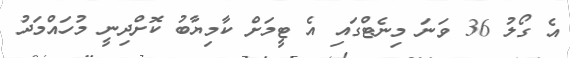
އެ ގޯލު 36 ވަނަ މިނެޓްގައި އެ ޓީމަށް ކާމިޔާބު ކޮށްދިނީ މުހައްމަދު